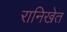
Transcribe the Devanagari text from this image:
रानिखेत